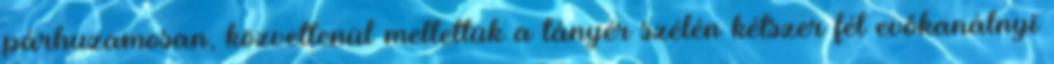
párhuzamosan, közvetlenül mellettük a tányér szélén kétszer fél evőkanálnyi